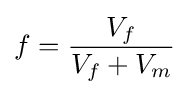
f={\frac {V_{f}}{V_{f}+V_{m}}}